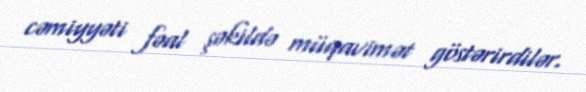
cəmiyyəti fəal şəkildə müqavimət göstərirdilər.